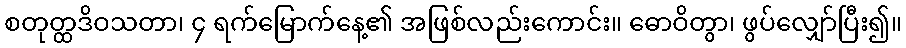
စတုတ္ထဒိဝသတာ၊ ၄ ရက်မြောက်နေ့၏ အဖြစ်လည်းကောင်း။ ဓောဝိတွာ၊ ဖွပ်လျှော်ပြီး၍။